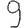
Digit: 9